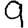
Digit: 9